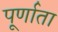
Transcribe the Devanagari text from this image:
पूर्णाता